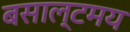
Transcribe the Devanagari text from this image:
बसाल्टमय